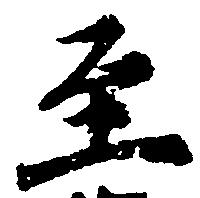
至